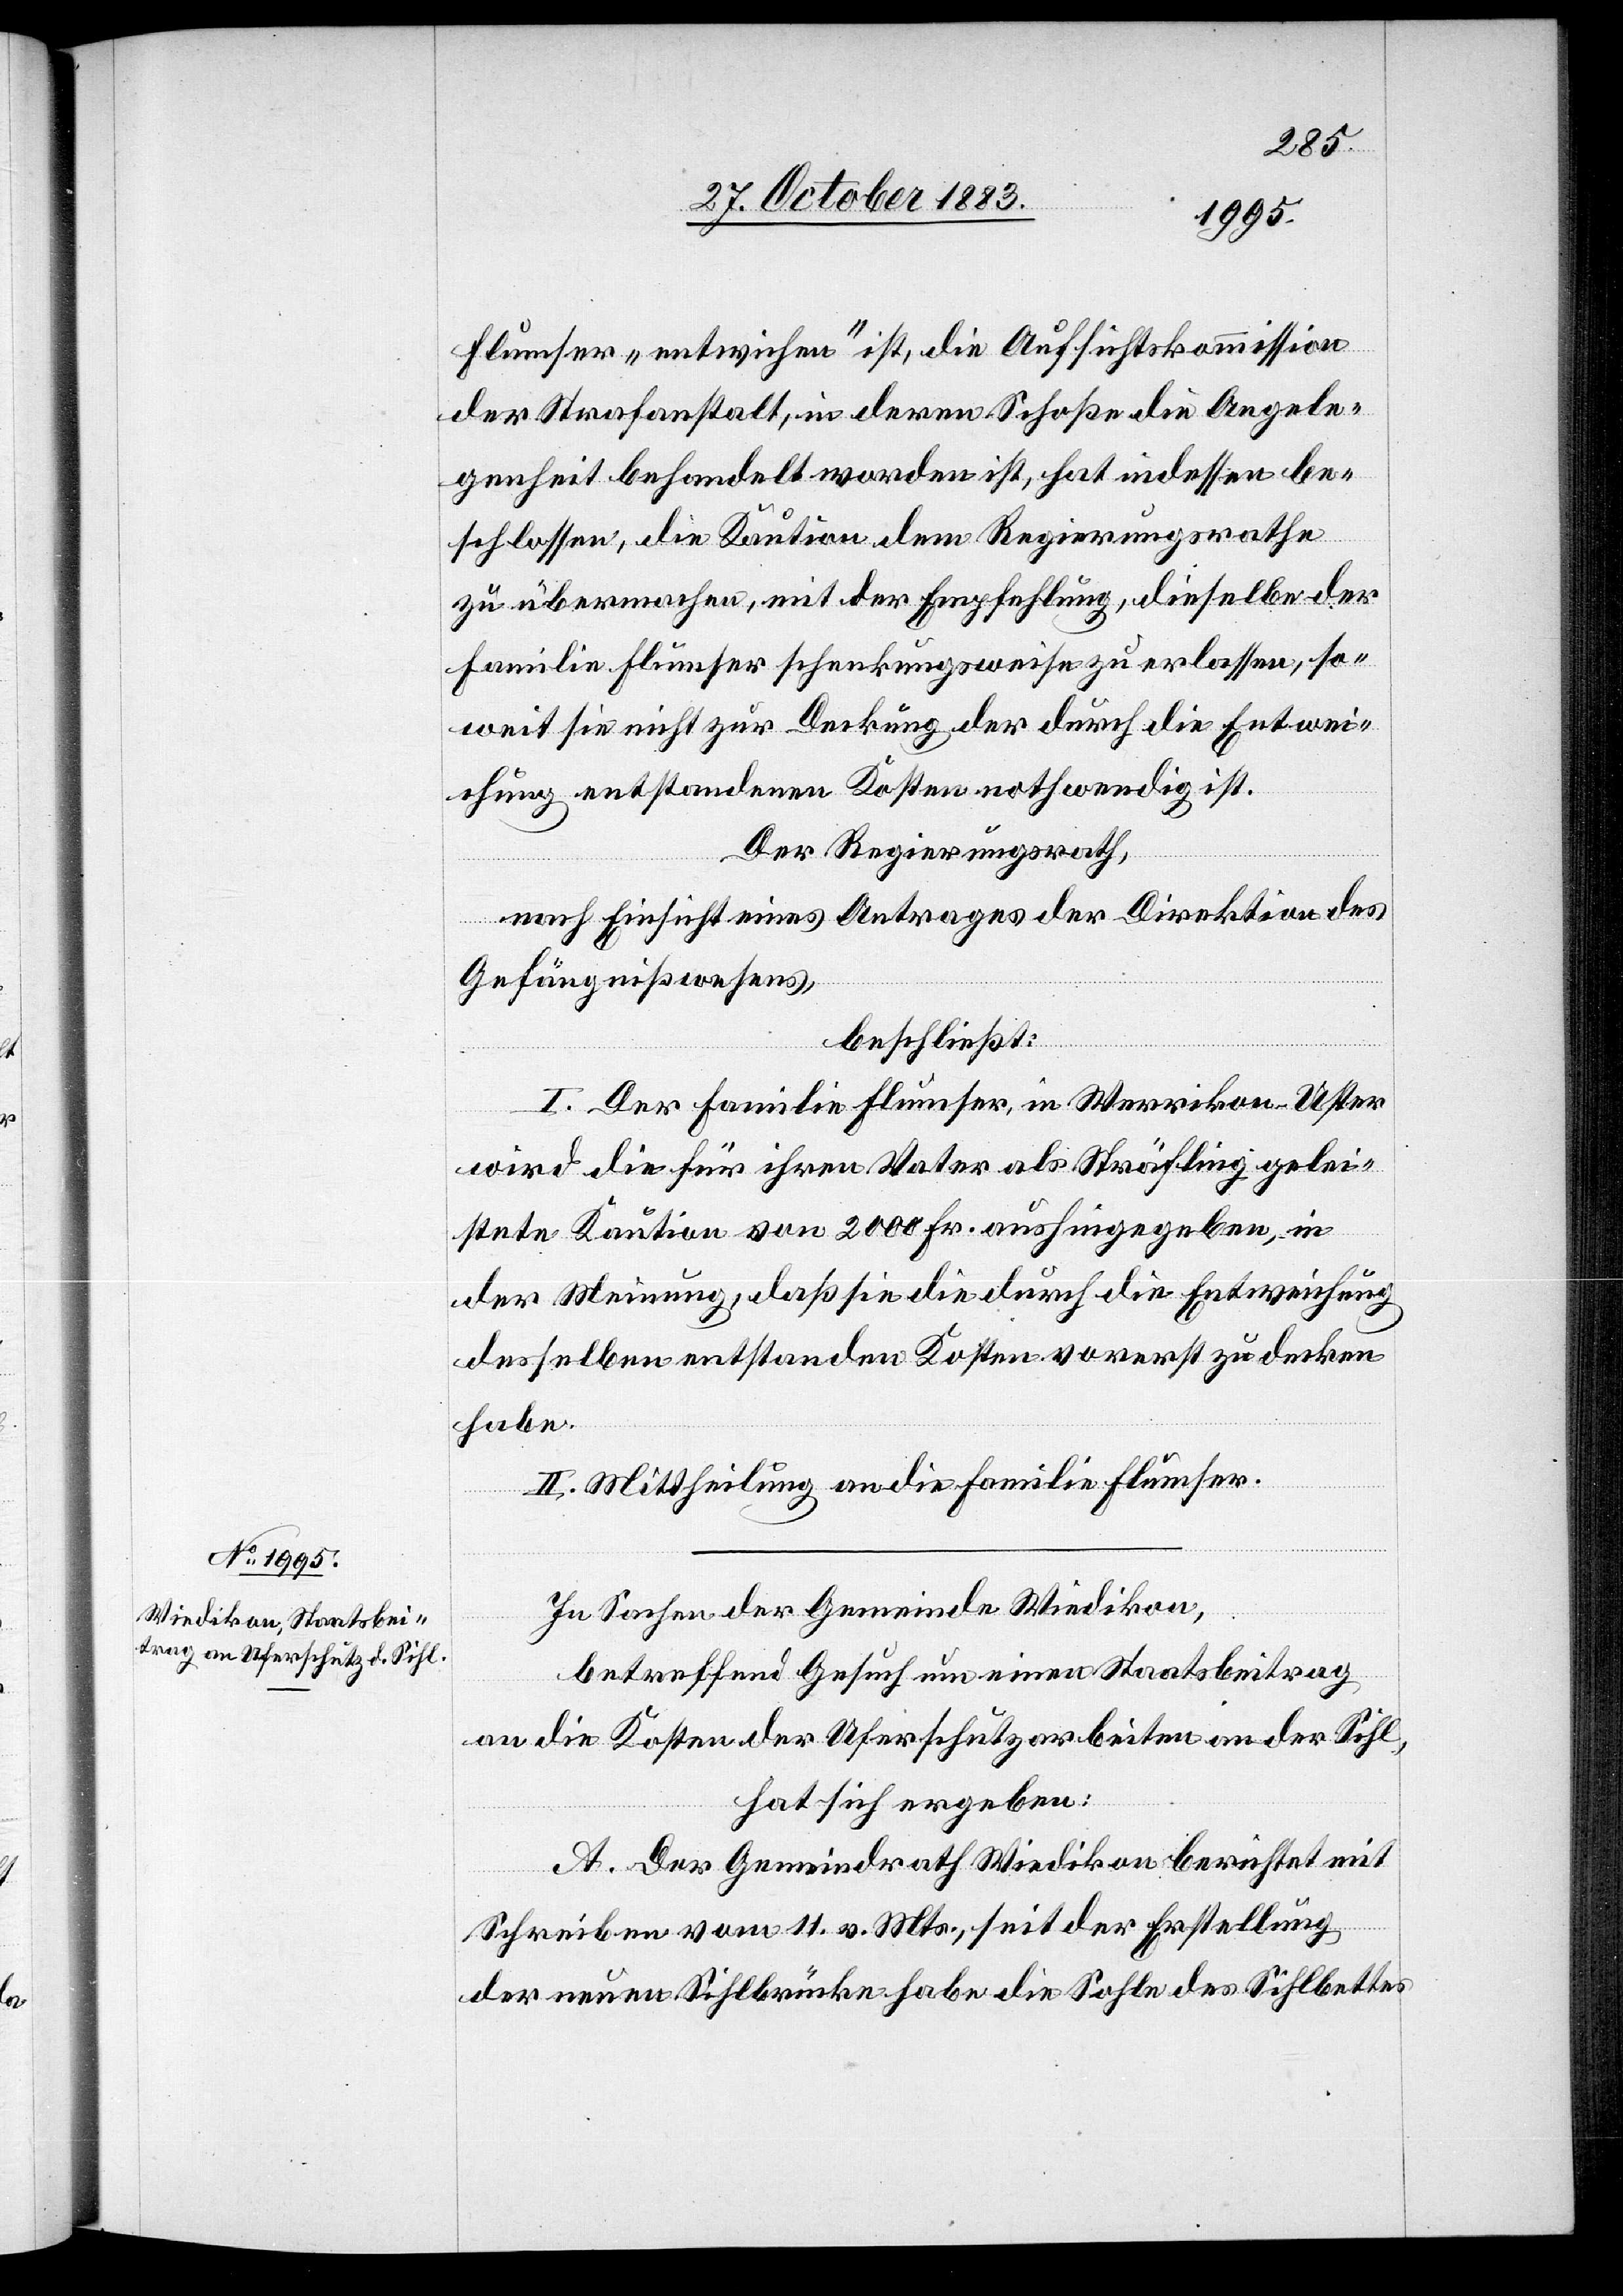
Flumser „entwichen“ ist, die Aufsichtskommission
der Strafanstalt, in deren Schoße die Angele¬
genheit behandelt worden ist, hat indessen be¬
schlossen, die Kaution dem Regierungsrathe
zu übermachen, mit der Empfehlung, dieselbe der
Familie Flumser schenkungsweise zu erlassen, so¬
weit sie nicht zur Deckung der durch die Entwei¬
chung entstandenen Kosten nothwendig ist.
Der Regierungsrath,
nach Einsicht eines Antrages der Direktion des
Gefängnißwesens,
beschließt:
I. Der Familie Flumser, in Werrikon - Uster
wird die für ihren Vater als Sträfling gelei¬
stete Kaution von 2000 Fr. aushingegeben, in
der Meinung, daß sie die durch die Entweichung
desselben entstanden[en] Kosten vorerst zu decken
habe.
II. Mittheilung an die Familie Flumser.
In Sachen der Gemeinde Wiedikon,
betreffend Gesuch um einen Staatsbeitrag
an die Kosten der Uferschutzarbeiten an der Sihl,
hat sich ergeben:
A. Der Gemeindrath Wiedikon berichtet mit
Schreiben vom 11. v. Mts., seit der Erstellung
der neuen Sihlbrücke habe die Sohle des Sihlbettes